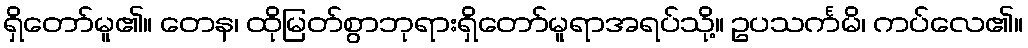
ရှိတော်မူ၏။ တေန၊ ထိုမြတ်စွာဘုရားရှိတော်မူရာအရပ်သို့။ ဥပသင်္ကမိ၊ ကပ်လေ၏။